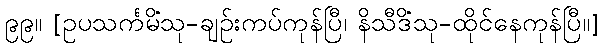
၉၉။ [ဥပသင်္ကမိံသု-ချဉ်းကပ်ကုန်ပြီ၊ နိသီဒိံသု-ထိုင်နေကုန်ပြီ။]